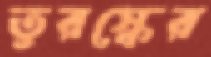
তুরস্কের